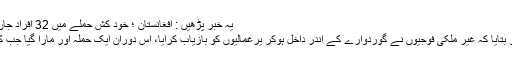
یہ خبر پڑھیں : افغانستان ؛ خود کش حملے میں 32 افراد جاں بحق، عبداللہ عبداللہ بال بال بچ گئے
گورنر کابل کے ترجمان نے میڈیا کو بتایا کہ غیر ملکی فوجیوں نے گوردوارے کے اندر داخل ہوکر یرغمالیوں کو بازیاب کرایا، اس دوران ایک حملہ آور مارا گیا جب کہ دو نے خود کو دھماکے سے اُڑالیا۔